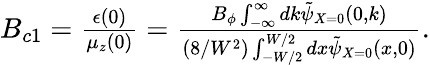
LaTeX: \begin{array}{r}{B_{c1}=\frac{\epsilon(0)}{\mu_{z}(0)}=\frac{B_{\phi}\int_{-\infty}^{\infty}dk\tilde{\psi}_{X=0}(0,k)}{(8/W^{2})\int_{-W/2}^{W/2}dx\tilde{\psi}_{X=0}(x,0)}.}\end{array}